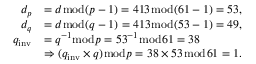
{ \begin{array} { r l } { d _ { p } } & { = d { \bmod { ( } } p - 1 ) = 4 1 3 { \bmod { ( } } 6 1 - 1 ) = 5 3 , } \\ { d _ { q } } & { = d { \bmod { ( } } q - 1 ) = 4 1 3 { \bmod { ( } } 5 3 - 1 ) = 4 9 , } \\ { q _ { \mathrm { i n v } } } & { = q ^ { - 1 } { \bmod { p } } = 5 3 ^ { - 1 } { \bmod { 6 } } 1 = 3 8 } \\ & { \Rightarrow ( q _ { \mathrm { i n v } } \times q ) { \bmod { p } } = 3 8 \times 5 3 { \bmod { 6 } } 1 = 1 . } \end{array} }